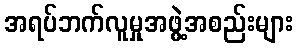
အရပ်ဘက်လူမှုအဖွဲ့အစည်းများ